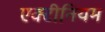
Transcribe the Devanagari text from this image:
एक्टीनियम